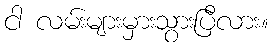
ငါ လမ်းများမှားသွားပြီလား။